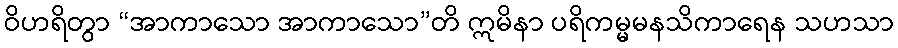
ဝိဟရိတွာ “အာကာသော အာကာသော”တိ ဣမိနာ ပရိကမ္မမနသိကာရေန သဟသာ